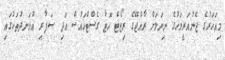
މިއަހަރުގެ ޖެނުއަރީމަހުގެ ނިޔަލަށް ރާއްޖޭގެ ރިޒޯޓް ހޮޓާ ގެސްޓްހައުސް އަދި ސަފާރި އުޅަނދުތަކުގައި